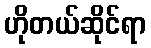
ဟိုတယ်ဆိုင်ရာ